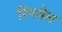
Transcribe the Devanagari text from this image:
रिंगवेल